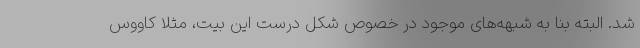
شد. البته بنا به شبهه‌های موجود در خصوص شکل درست این بیت، مثلا کاووس